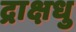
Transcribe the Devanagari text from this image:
द्राक्षधु